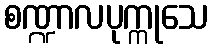
စဏ္ဍာလပုက္ကုသေ